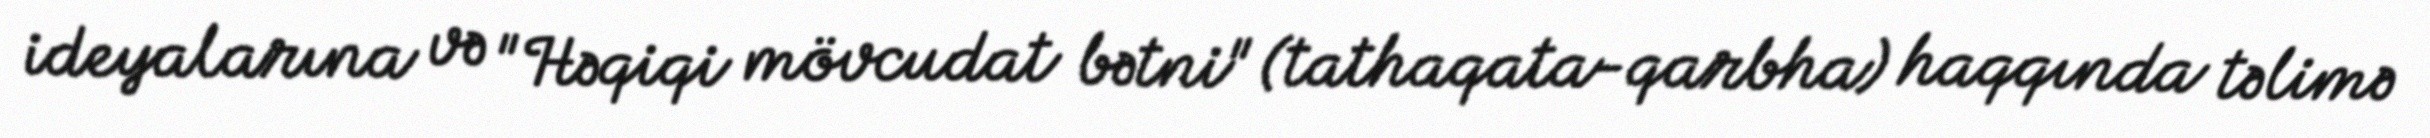
ideyalarına və "Həqiqi mövcudat bətni" (tathaqata-qarbha) haqqında təlimə